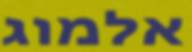
אלמוג